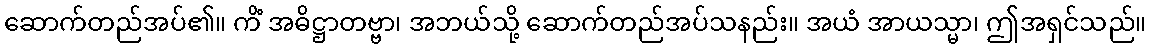
ဆောက်တည်အပ်၏။ ကိံ အဓိဋ္ဌာတဗ္ဗာ၊ အဘယ်သို့ ဆောက်တည်အပ်သနည်း။ အယံ အာယသ္မာ၊ ဤအရှင်သည်။